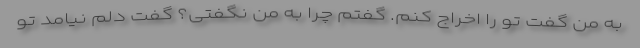
به من گفت تو را اخراج کنم. گفتم چرا به من نگفتی؟ گفت دلم نیامد تو